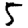
Digit: 5